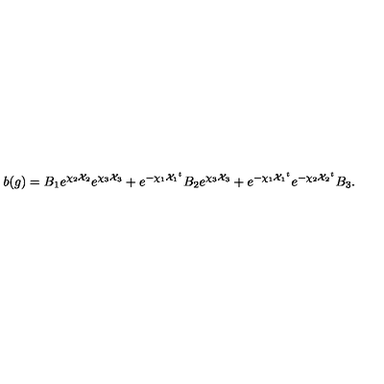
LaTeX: b ( g ) = B _ { 1 } e ^ { \chi _ { 2 } { \cal X } _ { 2 } } e ^ { \chi _ { 3 } { \cal X } _ { 3 } } + e ^ { - \chi _ { 1 } { { \cal X } _ { 1 } } ^ { t } } B _ { 2 } e ^ { \chi _ { 3 } { \cal X } _ { 3 } } + e ^ { - \chi _ { 1 } { { \cal X } _ { 1 } } ^ { t } } e ^ { - \chi _ { 2 } { { \cal X } _ { 2 } } ^ { t } } B _ { 3 } .